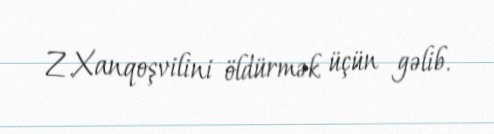
Z.Xanqoşvilini öldürmək üçün gəlib.